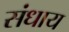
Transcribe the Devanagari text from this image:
संधाय